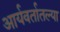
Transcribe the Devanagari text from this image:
आर्यवर्तातल्या